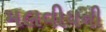
મલવીયની